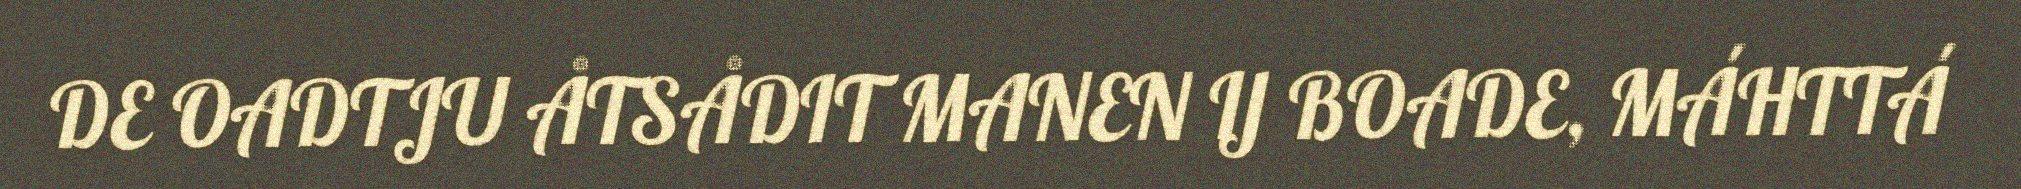
DE OADTJU ÅTSÅDIT MANEN IJ BOADE, MÁHTTÁ